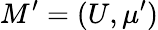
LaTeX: M^{\prime}=(U,\mu^{\prime})